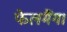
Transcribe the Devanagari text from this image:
फेलमैंग।